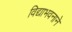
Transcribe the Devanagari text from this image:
विद्याभवनाने